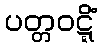
ပတ္တဝဋ္ဋိံ